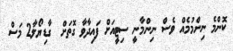
ކޮންމެ ނިންމުމެއް ވެސް ނިންމާނީ ސިޓީއަށް ފައިދާވާ ގޮތަށް  ގާޑިޔޯލާ2 މަސް